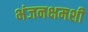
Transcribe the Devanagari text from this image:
भंजनक्षमशी